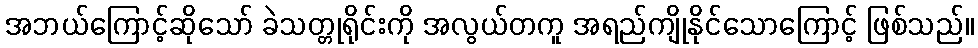
အဘယ်ကြောင့်ဆိုသော် ခဲသတ္တုရိုင်းကို အလွယ်တကူ အရည်ကျိုနိုင်သောကြောင့် ဖြစ်သည်။